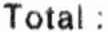
TOTAL :